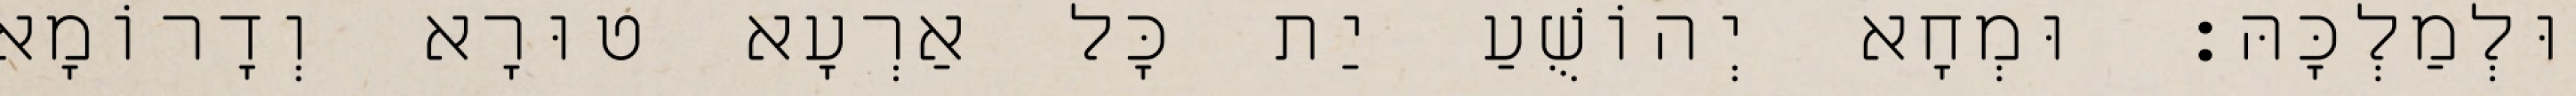
וּלְמַלְכָּהּ׃ וּמְחָא יְהוֹשֻׁעַ יַת כָּל אַרְעָא טוּרָא וְדָרוֹמָא